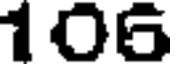
106